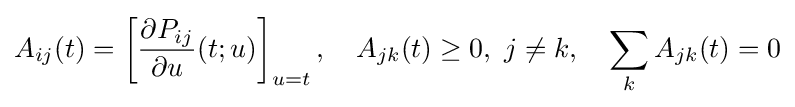
A_{ij}(t)=\left[{\frac {\partial P_{ij}}{\partial u}}(t;u)\right]_{u=t},\quad A_{jk}(t)\geq 0,\ j\neq k,\quad \sum _{k}A_{jk}(t)=0